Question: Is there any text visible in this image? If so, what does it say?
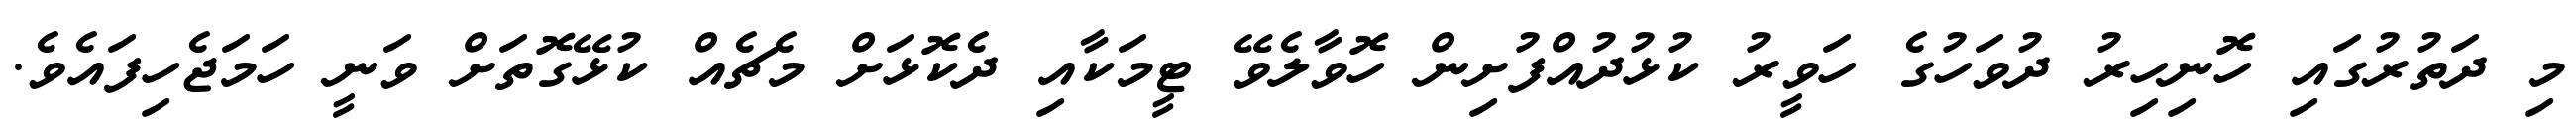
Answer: މި ދަތުރުގައި ހޮނިހިރު ދުވަހުގެ ހަވީރު ކުޅުދުއްފުށިން ހޮވާލެވޭ ޓީމަކާއި ދެކޮޅަށް މެޗެއް ކުޅޭގޮތަށް ވަނީ ހަމަޖެހިފައެވެ.